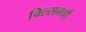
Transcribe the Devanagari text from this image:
विल्सनची